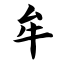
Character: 牟